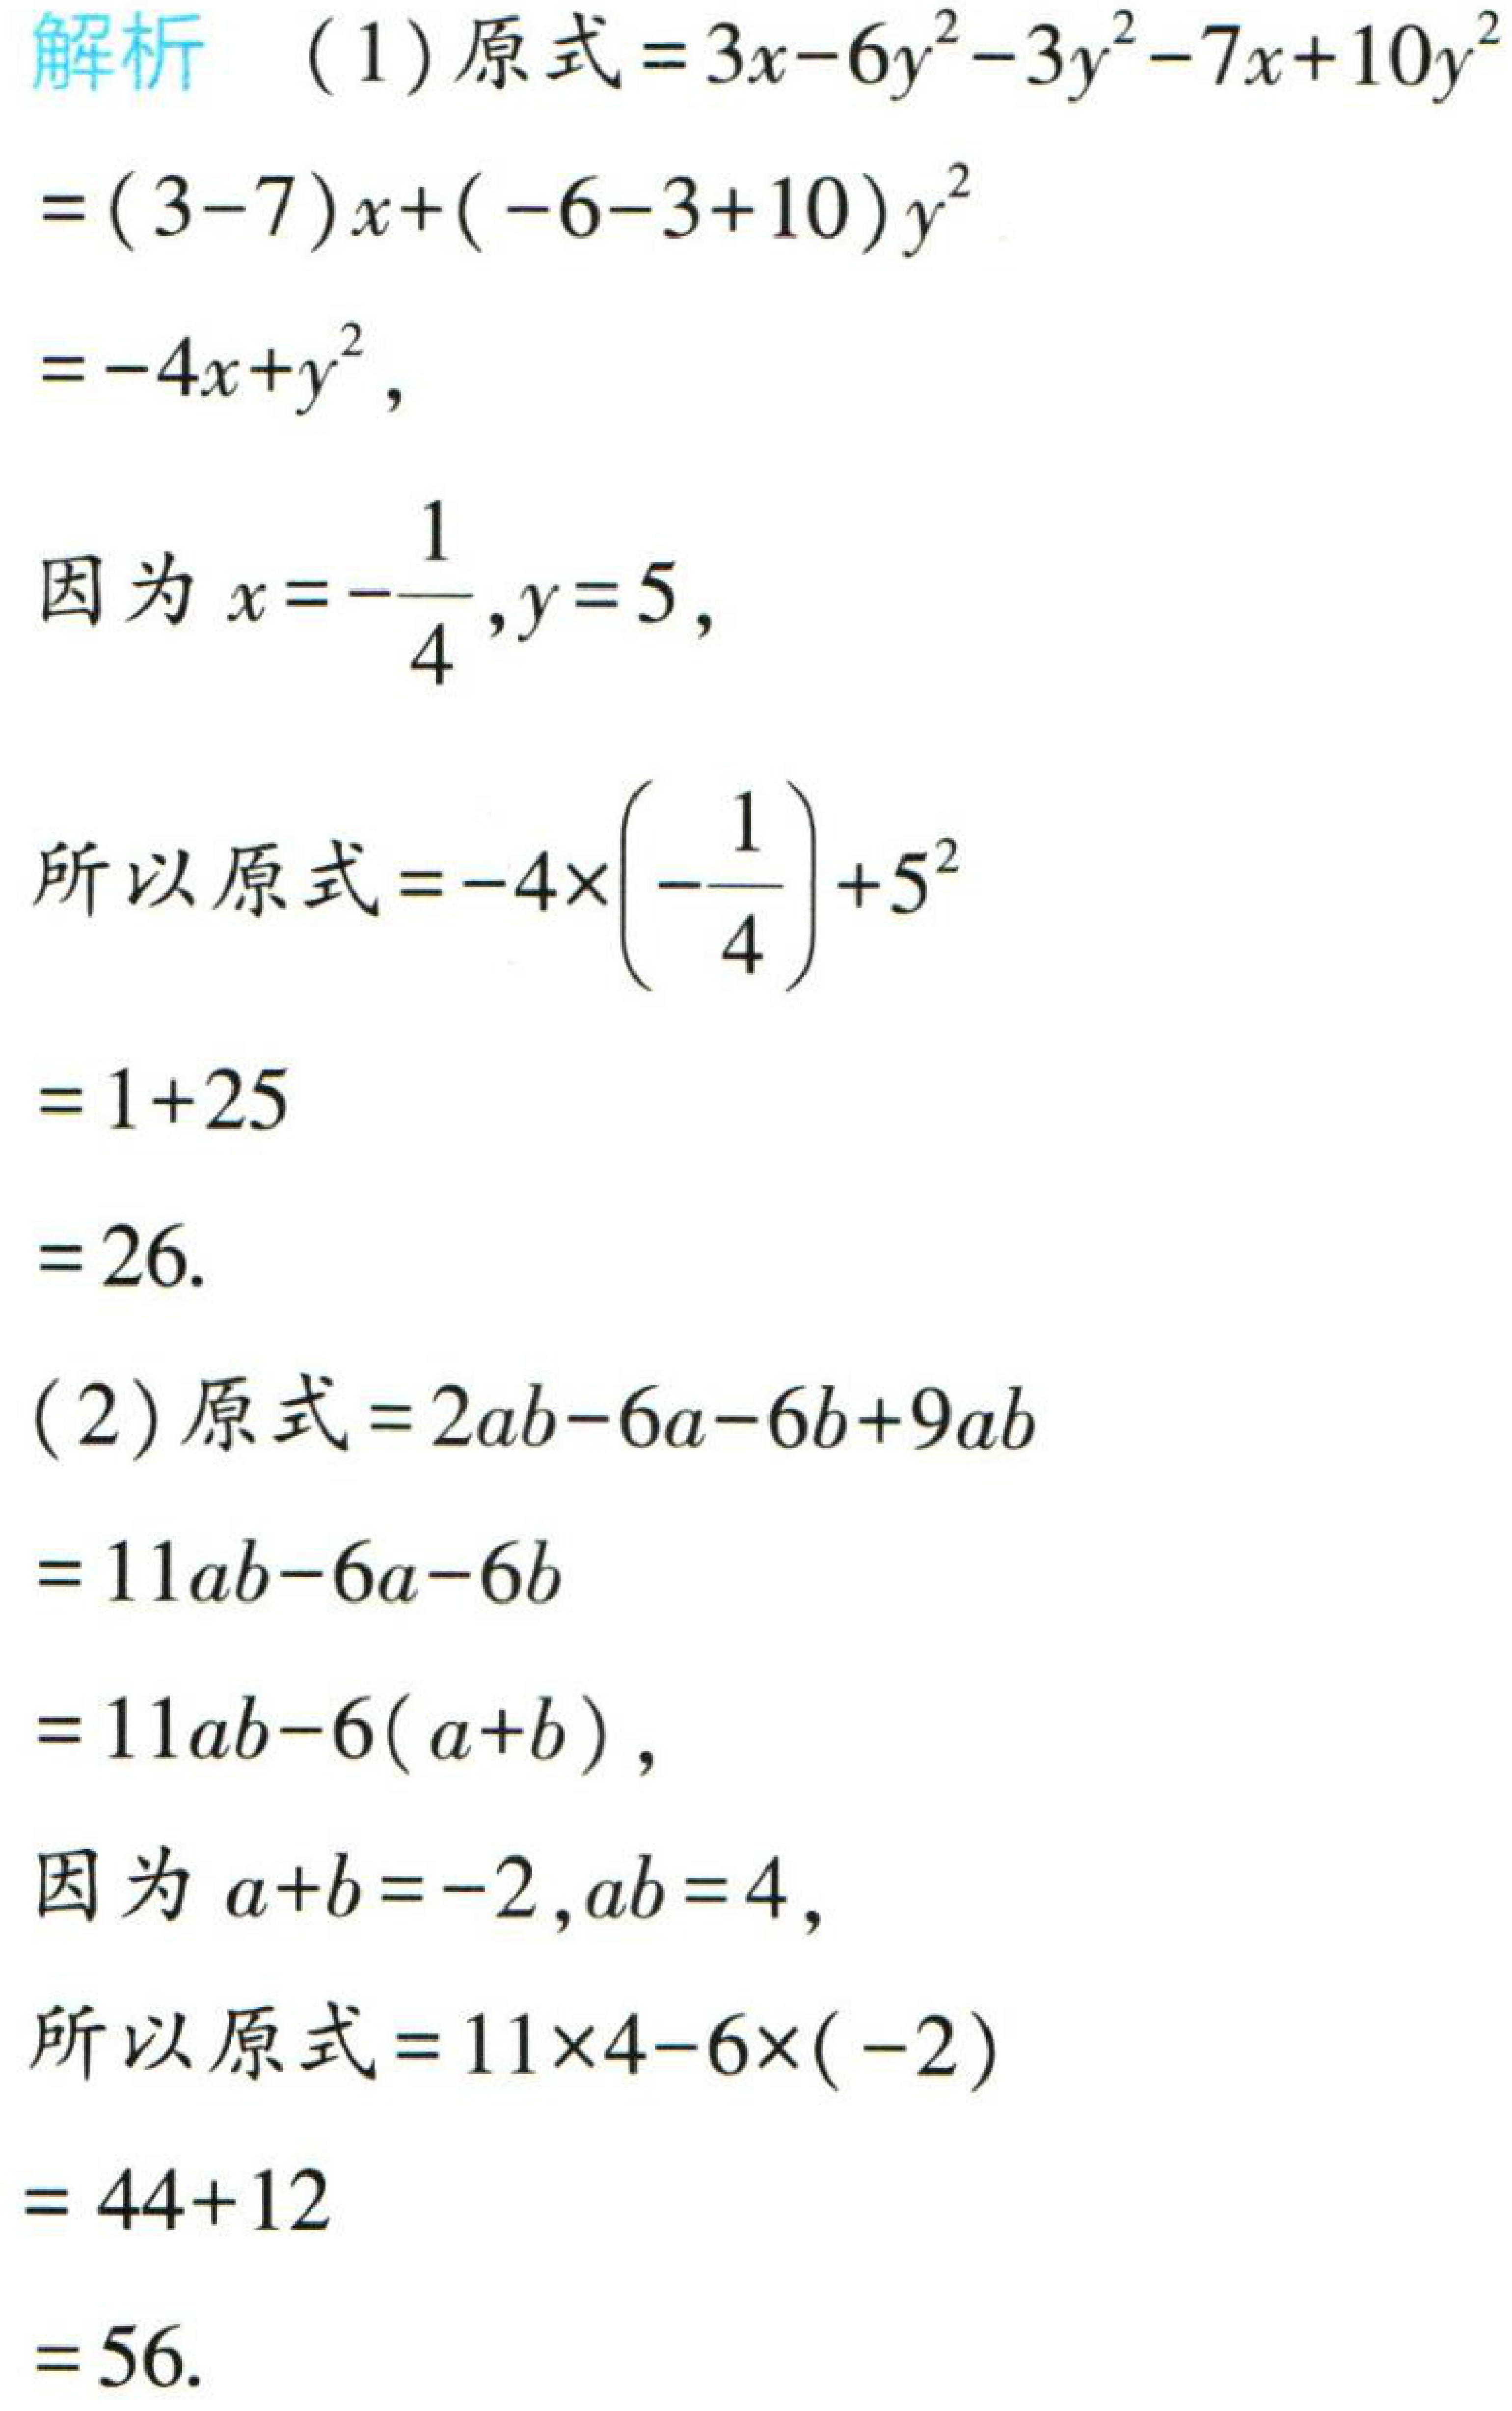
\begin{enumerate}

\item 原式\( = 3x - 6y^{2}-3y^{2}-7x + 10y^{2}\)

\(=(3 - 7)x+(-6 - 3 + 10)y^{2}\)

\(=-4x + y^{2}\)，

因为\(x =-\frac{1}{4},y = 5\)，

所以原式\(=-4\times(-\frac{1}{4})+5^{2}\)

\(=1 + 25\)

\(=26\).

\item 原式\( = 2ab-6a - 6b+9ab\)

\(=11ab-6a - 6b\)

\(=11ab-6(a + b)\)，

因为\(a + b=-2,ab = 4\)，

所以原式\(=11\times4-6\times(-2)\)

\(=44 + 12\)

\(=56\).

\end{enumerate}